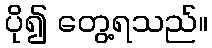
ပို၍ တွေ့ရသည်။